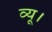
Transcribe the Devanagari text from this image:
व्यू।